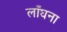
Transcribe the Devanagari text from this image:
लाँघना